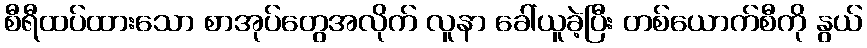
စီရီထပ်ထားသော စာအုပ်တွေအလိုက် လူနာ ခေါ်ယူခဲ့ပြီး တစ်ယောက်စီကို နွယ်